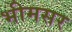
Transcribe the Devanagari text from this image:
भीमसर